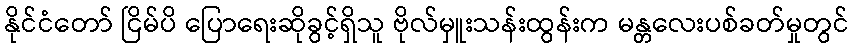
နိုင်ငံတော် ငြိမ်ပိ ပြောရေးဆိုခွင့်ရှိသူ ဗိုလ်မှူးသန်းထွန်းက မန္တလေးပစ်ခတ်မှုတွင်